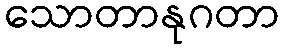
သောတာနုဂတာ